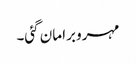
مہرو برا مان گئی۔